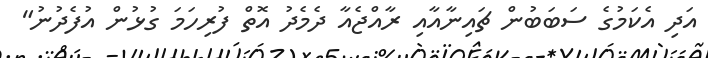
އަދި އެކަމުގެ ސަބަބުން ޗައިނާއާއި ރާއްޖެއާ ދެމެދު އޮތް ފުރިހަމަ ގުޅުން އުފެދުނު"